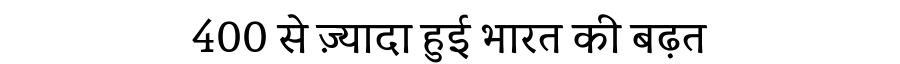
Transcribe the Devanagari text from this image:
400 से ज़्यादा हुई भारत की बढ़त